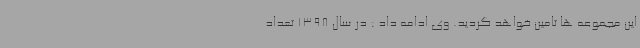
این مجموعه ها تامین خواهد گردید. وی ادامه داد : در سال 1398 تعداد